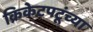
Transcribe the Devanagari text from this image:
क्रिकेटपटूंच्या